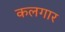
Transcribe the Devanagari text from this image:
कलगार